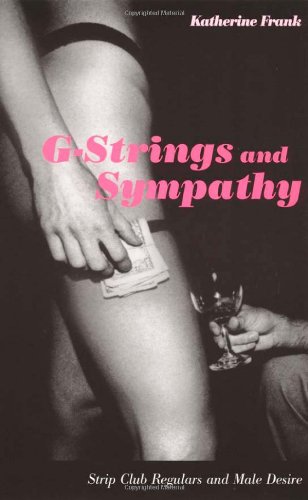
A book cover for G-Strings and Sympathy: Strip Club Regulars and Male Desire; Katherine Frank; Romance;